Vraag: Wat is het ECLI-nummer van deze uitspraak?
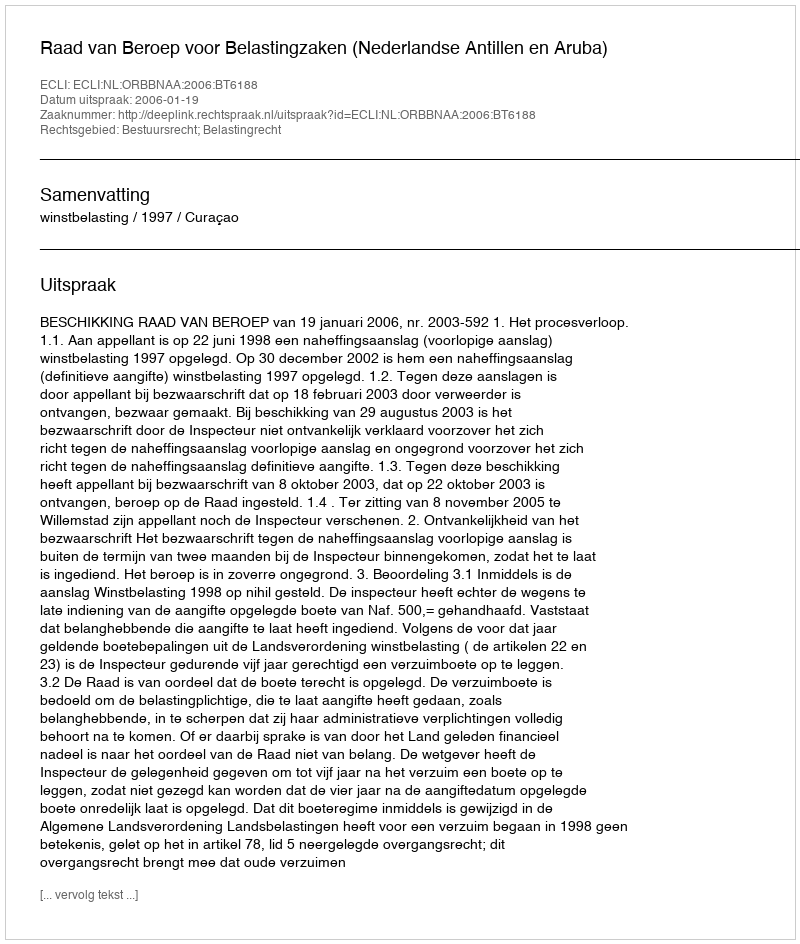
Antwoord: ECLI:NL:ORBBNAA:2006:BT6188